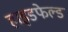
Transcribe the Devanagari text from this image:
हाइडफेल्ड